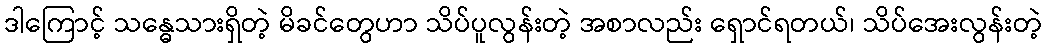
ဒါကြောင့် သန္ဓေသားရှိတဲ့ မိခင်တွေဟာ သိပ်ပူလွန်းတဲ့ အစာလည်း ရှောင်ရတယ်၊ သိပ်အေးလွန်းတဲ့